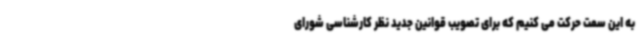
به این سمت حرکت می کنیم که برای تصویب قوانین جدید نظر کارشناسی شورای